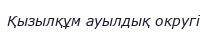
Қызылқұм ауылдық округі